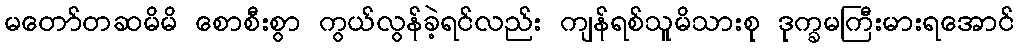
မတော်တဆမိမိ စောစီးစွာ ကွယ်လွန်ခဲ့ရင်လည်း ကျန်ရစ်သူမိသားစု ဒုက္ခမကြီးမားရအောင်